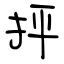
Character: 抨